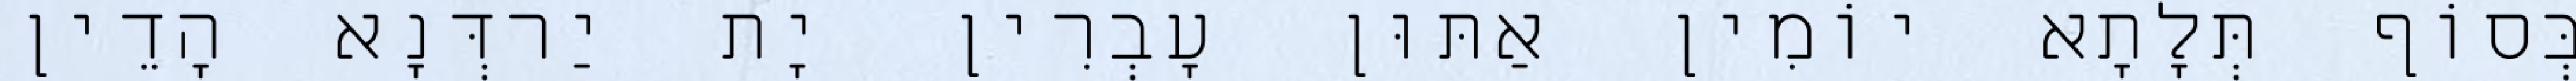
בְּסוֹף תְּלָתָא יוֹמִין אַתּוּן עָבְרִין יָת יַרדְּנָא הָדֵין